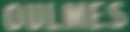
OULMES